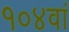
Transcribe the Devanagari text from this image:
१०४वां